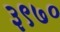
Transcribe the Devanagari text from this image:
३९७०